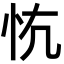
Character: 𢗟